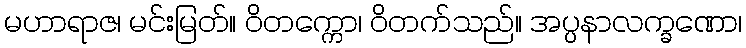
မဟာရာဇ၊ မင်းမြတ်။ ဝိတက္ကော၊ ဝိတက်သည်။ အပ္ပနာလက္ခဏော၊